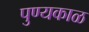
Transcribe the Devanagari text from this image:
पुण्यकाळ